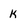
Character: k